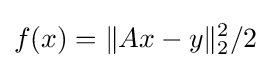
f(x)=\|Ax-y\|_{2}^{2}/2